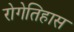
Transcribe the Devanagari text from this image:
रोगेतिहास